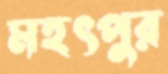
মহৎপুর